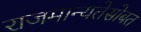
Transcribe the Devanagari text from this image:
राजमान्यतेसोबत